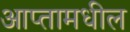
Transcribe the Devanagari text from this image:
आप्तामधील